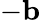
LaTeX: -\mathbf{b}